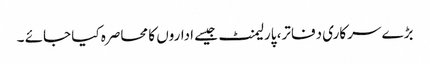
بڑے سرکاری دفاتر، پارلیمنٹ جیسے اداروں کا محاصرہ کیا جائے ۔